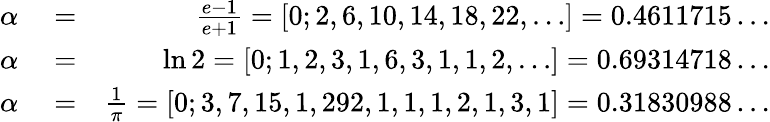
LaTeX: \begin{array}{rlr}{\alpha}&{{}=}&{\frac{e-1}{e+1}=[0;2,6,10,14,18,22,\ldots]=0.4611715\ldots}\\ {\alpha}&{{}=}&{\ln 2=[0;1,2,3,1,6,3,1,1,2,\ldots]=0.69314718\ldots}\\ {\alpha}&{{}=}&{\frac{1}{\pi}=[0;3,7,15,1,292,1,1,1,2,1,3,1]=0.31830988\ldots}\end{array}